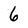
Character: 6